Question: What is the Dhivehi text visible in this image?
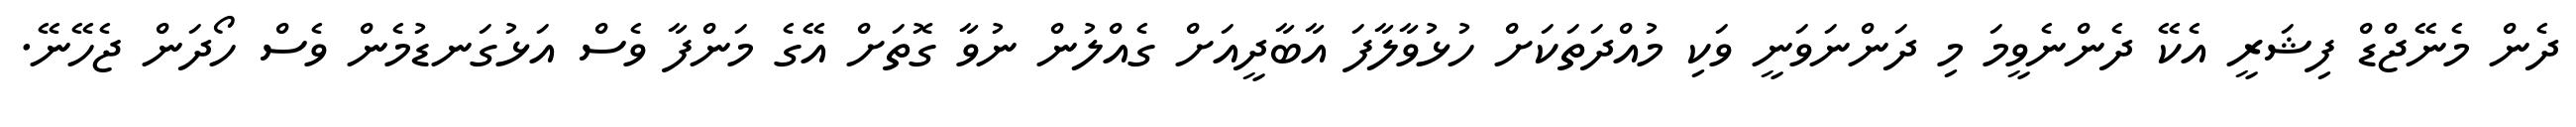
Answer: ދެން މެނޭޖްޑް ފިޝަރީ އެކޭ ދެންނެވީމަ މި ދަންނަވަނީ ވަކި މުއްދަތަކަށް ހުޅުވާލާފަ އާބާދީއަށް ގެއްލުން ނުވާ ގޮތަށް އޭގެ މަންފާ ވެސް އަޅުގަނޑުމެން ވެސް ހޯދަން ޖެހޭނޭ.